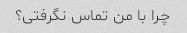
چرا با من تماس نگرفتی؟